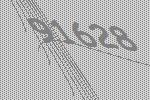
91628